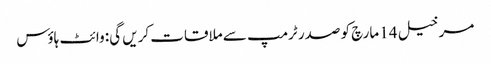
مرخیل 14 مارچ کو صدر ٹرمپ سے ملاقات کریں گی: وائٹ ہاؤس